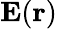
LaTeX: \mathbf{E}(\mathbf{r})